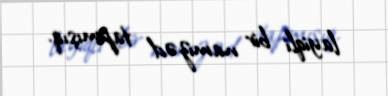
layiqli bir namizəd tapmışıq.